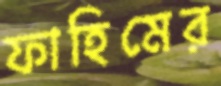
ফাহিমের